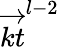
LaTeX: \overrightarrow{kt}^{l-2}